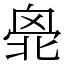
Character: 𠤣